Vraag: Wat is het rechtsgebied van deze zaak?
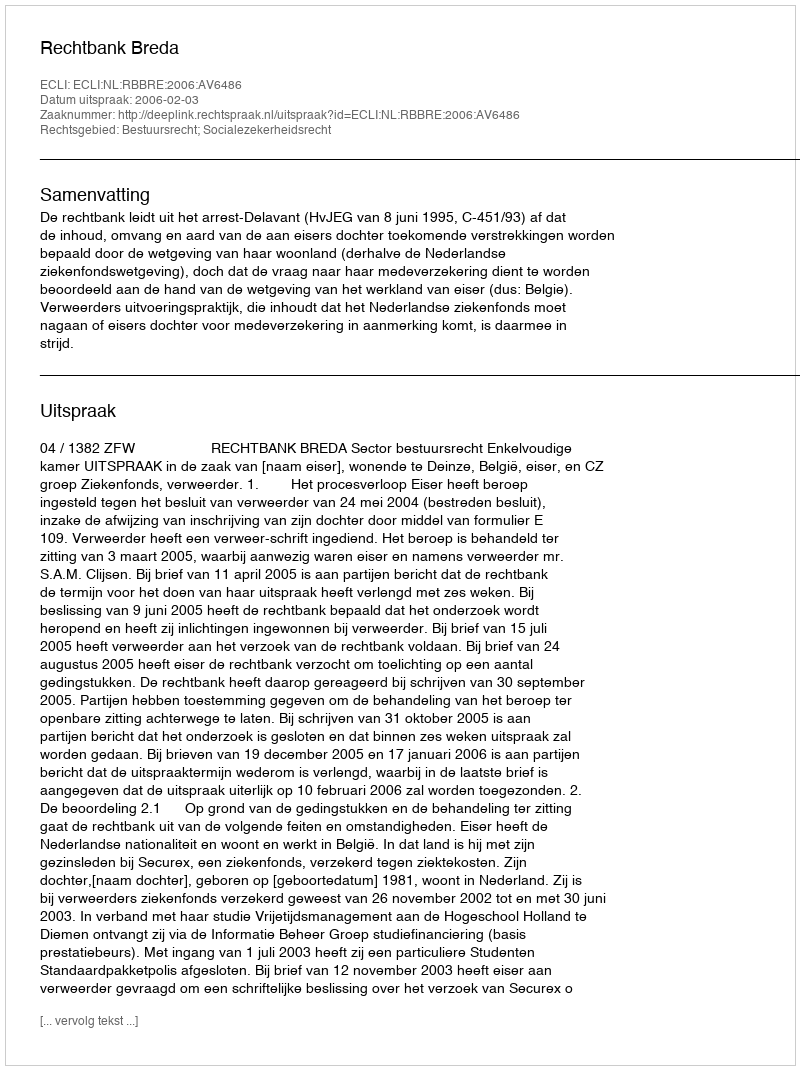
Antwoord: Bestuursrecht; Socialezekerheidsrecht